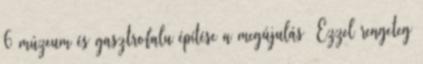
6 múzeum és gasztrofalu építése a megújulás Ezzel rengeteg